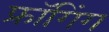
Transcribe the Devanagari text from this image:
फ्रॉगिंग